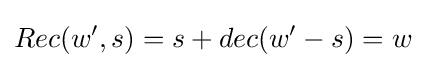
Rec(w',s)=s+dec(w'-s)=w